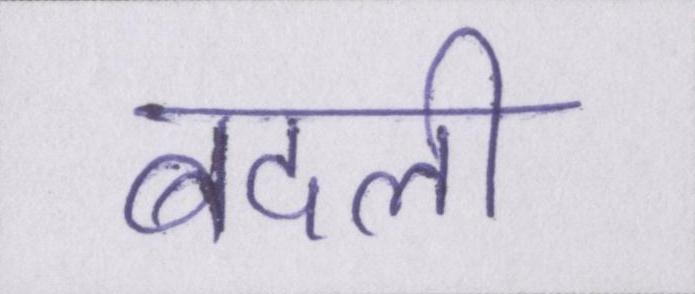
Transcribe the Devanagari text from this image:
बदली